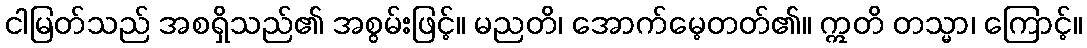
ငါမြတ်သည် အစရှိသည်၏ အစွမ်းဖြင့်။ မညတိ၊ အောက်မေ့တတ်၏။ ဣတိ တသ္မာ၊ ကြောင့်။